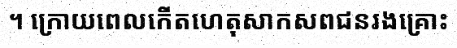
។ ក្រោយពេលកើតហេតុសាកសពជនរងគ្រោះ